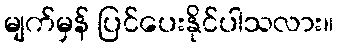
မျက်မှန် ပြင်ပေးနိုင်ပါသလား။